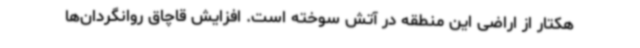
هکتار از اراضی این منطقه در آتش سوخته است. افزایش قاچاق روانگردان‌ها